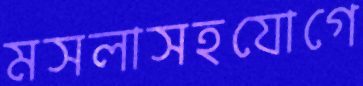
মসলাসহযোগে